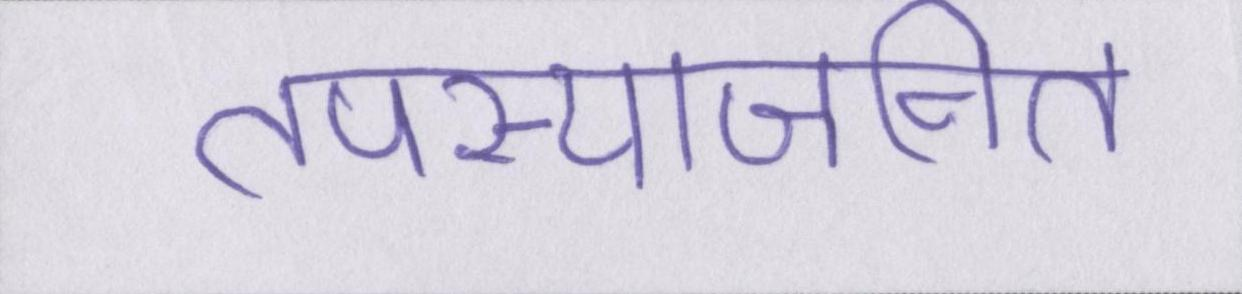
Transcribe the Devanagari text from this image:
तपस्याजनित